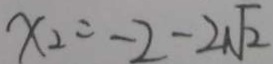
x _ { 2 } = - 2 - 2 \sqrt { 2 }